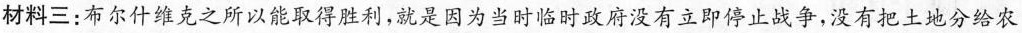
材料三：布尔什维克之所以能取得胜利，就是因为当时临时政府没有立即停止战争，没有把土地分给农